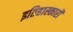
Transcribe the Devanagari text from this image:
इतिहास्कारों